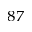
^ { 8 7 }